Report on vaccination in the Province of Bengal - 1874-1889
Year: 1874
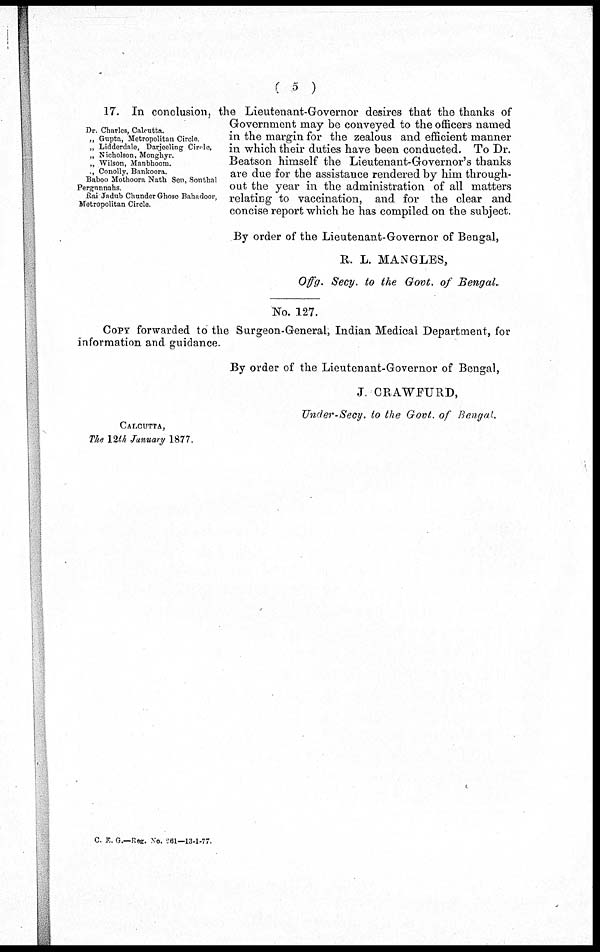
( 5 )
Dr. Charles, Calcutta.
„ Gupta, Metropolitan Circle
„ Lidderdale, Darjeeling Circle,
„ Nicholson, Monghyr.
„ Wilson, Manbhoom.
„ Conolly, Bnnkoora.
Baboo Mothoora Nath Sen, Sonthal
Pergnnnahs
Rai Jadub Chunder Ghoso Bahadoor,
Metropolitan Circle.
17. In conclusion, the Lieutenant-Governor desires that the thanks of
Government may be conveyed to the officers named
in the margin for the zealous and efficient manner
in which their duties have been conducted. To Dr.
Beatson himself the Lieutenant-Governor's thanks
are due for the assistance rendered by him through-
out the year in the administration of all matters
relating to vaccination, and for the clear and
concise report which he has compiled on the subject.
By order of the Lieutenant-Governor of Bengal,
R. L. MANGLES,
Offg. Secy., to the Govt. of Bengal.
No. 127.
COPY forwarded to the Surgeon-General, Indian Medical Department, for
information and guidance.
By order of the Lieutenant-Governor of Bengal,
J. CRAWFURD,
Under-Secy. to the Govt. of Bengal.
CALCUTTA,
The 12th January 1877.
C. E. G.—Reg. No. 261—13-1-77.